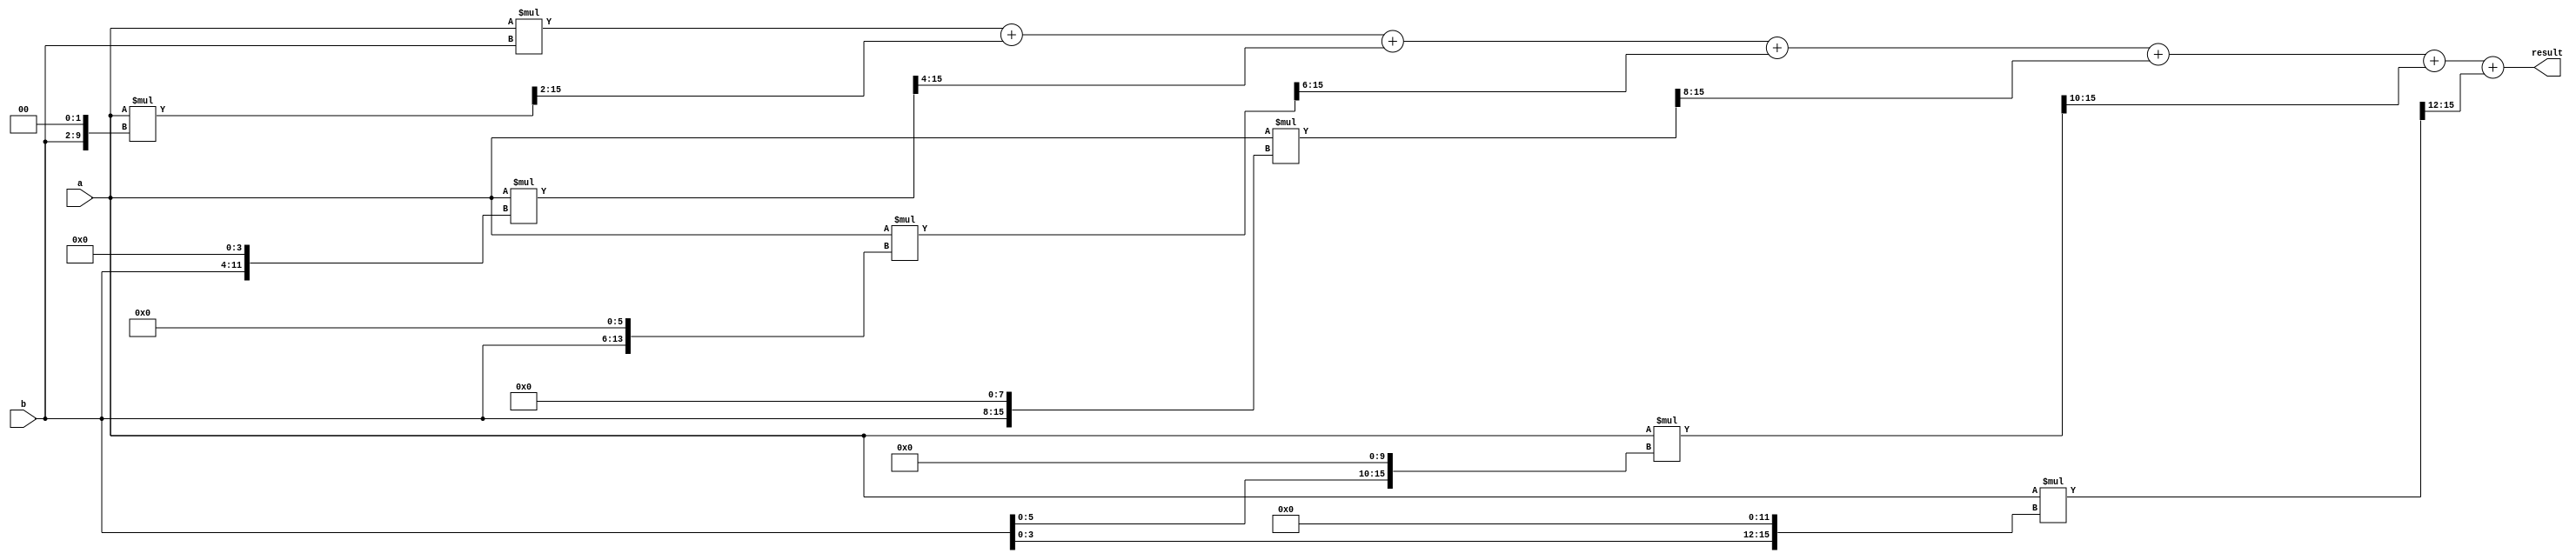
module Wallace_Tree_Multiplier (
    input wire [7:0] a,
    input wire [7:0] b,
    output reg [15:0] result
);

reg [15:0] PP0, PP1, PP2, PP3, PP4, PP5, PP6;

assign PP0 = a * b;
assign PP1 = a * (b << 2);
assign PP2 = a * (b << 4);
assign PP3 = a * (b << 6);
assign PP4 = a * (b << 8);
assign PP5 = a * (b << 10);
assign PP6 = a * (b << 12);

always @* begin
    result = PP0 + (PP1 >> 2) + (PP2 >> 4) + (PP3 >> 6) + (PP4 >> 8) + (PP5 >> 10) + (PP6 >> 12);
end

endmodule